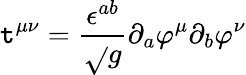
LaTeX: \mathtt{t}^{\mu\nu}=\frac{{\epsilon^{ab}}}{{\sqrt{}{g}}}\partial_{a}\varphi^{\mu}\partial_{b}\varphi^{\nu}